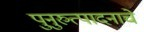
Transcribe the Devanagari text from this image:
पुनुरुत्पादनाचे